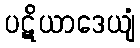
ပဋိယာဒေယျံ